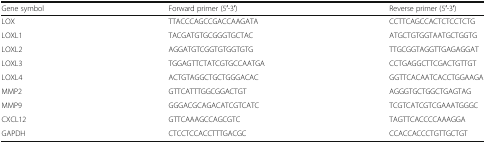
| Gene symbol | Forward primer (5′-3′) | Reverse primer (5′-3′) |
 | --- | --- | --- |
 | LOX | TTACCCAGCCGACCAAGATA | CCTTCAGCCACTCTCCTCTG |
 | LOXL1 | TACGATGTGCGGGTGCTAC | ATGCTGTGGTAATGCTGGTG |
 | LOXL2 | AGGATGTCGGTGTGGTGTG | TTGCGGTAGGTTGAGAGGAT |
 | LOXL3 | TGGAGTTCTATCGTGCCAATGA | CCTGAGGCTTCGACTGTTGT |
 | LOXL4 | ACTGTAGGCTGCTGGGACAC | GGTTCACAATCACCTGGAAGA |
 | MMP2 | GTTCATTTGGCGGACTGT | AGGGTGCTGGCTGAGTAG |
 | MMP9 | GGGACGCAGACATCGTCATC | TCGTCATCGTCGAAATGGGC |
 | CXCL12 | GTTCAAAGCCAGCGTC | TAGTTCACCCCAAAGGA |
 | GAPDH | CTCCTCCACCTTTGACGC | CCACCACCCTGTTGCTGT |